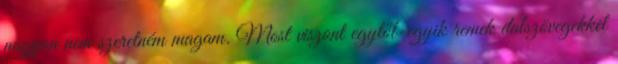
nagyon nem szeretném magam. Most viszont egytől-egyik remek dalszövegekkel